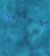
اللانهائية